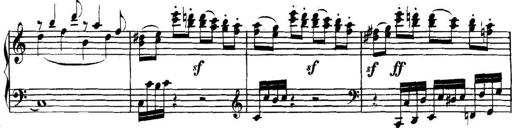
Title: Collected Piano Sonatas
Composer: Muzio Clementi